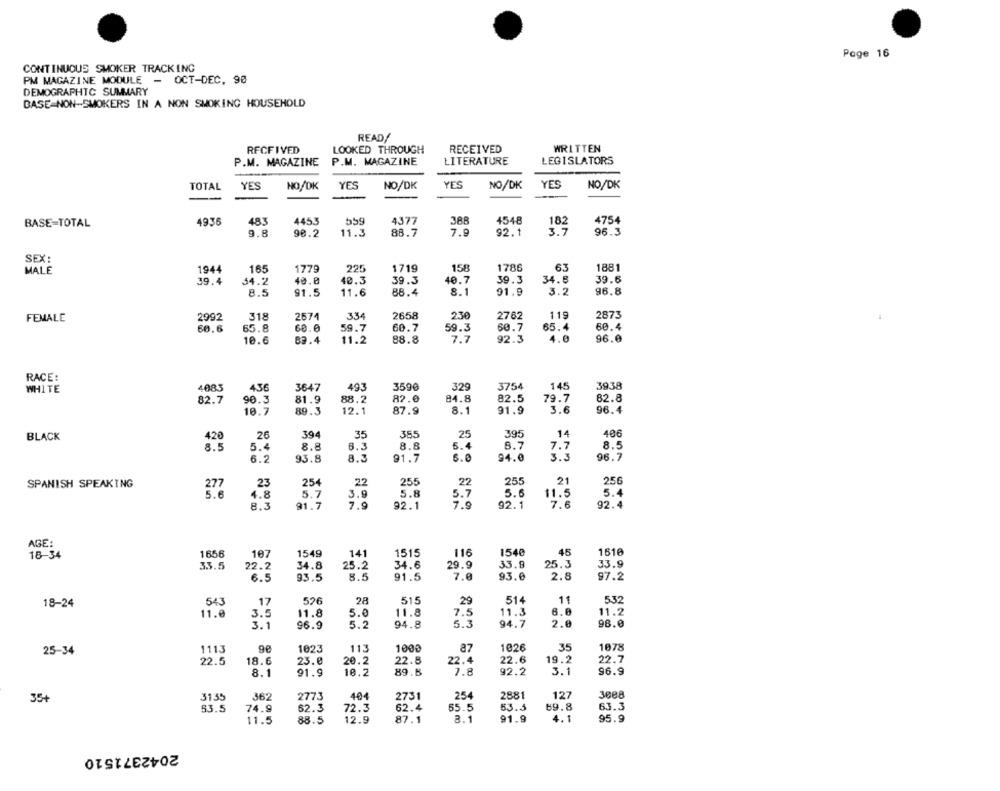
Page 16
CONTINUOUS SMOKER TRACKING
PM MAGAZINE MODULE
- OCT-DEC. 90
DEMOGRAPHIC SUMMARY
BASE-NON-SMOKERS IN A NON SMOKING HOUSEHOLD
READ/
RFCFIVED
LOOKED THROUGH
RECEIVED
WRITTEN
P.M. MAGAZINE
P.M. MAGAZINE
LITERATURE
LEGISLATORS
TOTAL
YES
NO/DK
YES
NO/DK
YES
NO/DK
YES
NO/DK
1936
483
4453
559
4377
388
4548
4754
BASE-TOTAL
182
3.7
9.8
90.2
11.3
88.7
7.9
92.1
96.3
SEX:
1944
165
1779
225
1719
158
1786
63
1881
MALE
39.4
54.2
40.0
40.3
39.3
40.7
39.3
34.8
39.6
8.5
91.5
11.6
88.4
8.1
91.9
3.2
96.8
2992
318
2674
334
2658
230
2762
119
2873
FEMALE
60.6
65.8
60.0
59.7
60.7
59.3
60.7
65.4
60.4
10.6
83.4
11.2
88.8
7.7
92.3
4.0
96.0
RACE:
WHITE
4083
436
3647
493
3590
329
3754
3938
145
82.7
90.3
81.9
88.
82.0
84.8
82.5
79.7
82.8
10.7
89.3
12.1
87.9
8.1
91.9
96.4
420
26
394
35
355
25
395
14
406
BLACK
5.4
7.7
8.5
5.4
8.8
6.3
8.8
8.7
8.5
6.2
93.8
8.3
91.7
6.0
94.0
3.3
96.7
23
22
255
255
21
256
SPANISH SPEAKING
277
254
22
5.6
4.8
5.7
3.9
5.8
5.7
5.6
11.5
5.4
8.3
91.7
7.9
92.1
7.9
92.1
7.6
92.4
AGE:
18-34
1656
107
1549
141
1515
116
1540
45
1610
33.5
22.2
34.8
25.2
34.6
29.9
33.9
25.3
33.9
6.5
93.5
8.5
91.5
7.0
93.0
2.8
97.2
543
526
28
515
29
514
11
532
18-24
17
11.0
11.8
5.0
11.8
7.5
11.3
6.0
11.2
3 .
96.9
5.2
94.8
5.3
94.7
2.0
98.0
1113
1023
113
1000
a7
1026
35
1078
25-34
22.5
18.6
23.8
20.2
22.8
22.4
22.6
19.2
22.7
8.1
91.9
10.2
89.8
7.8
92.2
3.1
96.9
31.35
362
2773
404
2731
254
2881
12
3008
35+
53.5
74.9
62.3
72.3
62.4
55.5
53.5
69.8
63.3
11.5
88.5
12.9
87.1
3.1
91.9
4.1
95.9
2042371510